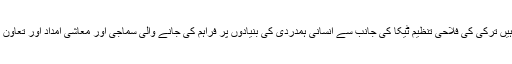
ترکی اور پاکستان میں بہت سی باتیں مشترک ہیں ترکی کی فلاحی تنظیم ٹیکا کی جانب سے انسانی ہمدردی کی بنیادوں پر فراہم کی جانے والی سماجی اور معاشی امداد اور تعاون ان گرم جوش اور مضبوط تعلقات کا ثبوت ہے۔